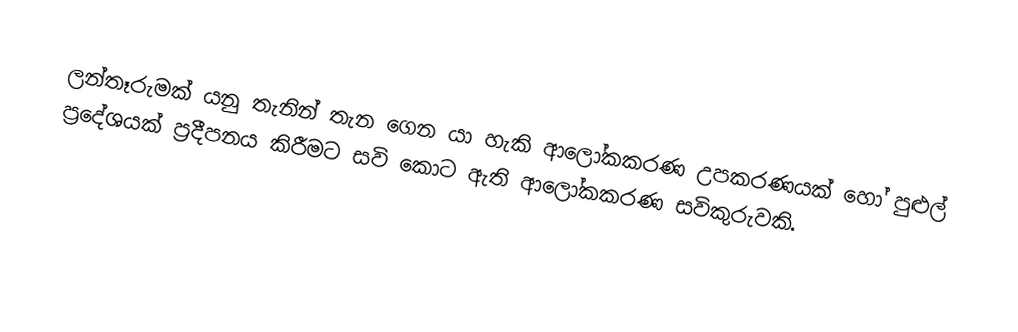
ලන්තෑරුමක් යනු තැනින් තැන ගෙන යා හැකි ආලෝකකරණ උපකරණයක් හෝ පුළුල් ප්‍රදේශයක් ප්‍රදීපනය කිරීමට සවි කොට ඇති ආලෝකකරණ සවිකුරුවකි.